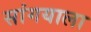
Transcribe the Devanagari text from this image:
सांगयाला